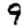
Digit: 9